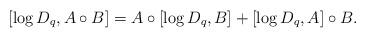
LaTeX: \begin{align*}[\log D_q, A\circ B] = A\circ [\log D_q, B] + [\log D_q, A] \circ B .\end{align*}